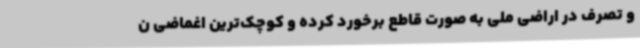
و تصرف در اراضی ملی به صورت قاطع برخورد کرده و کوچک‌ترین اغماضی ن